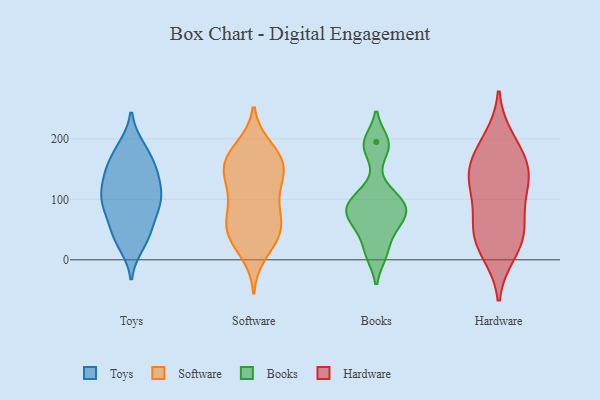
{"axis": {"x": "Backlog", "y": "Value"}, "legend": ["Books", "Hardware", "Software", "Toys"], "data": [{"x": "", "y": 143, "type": "Toys"}, {"x": "", "y": 169, "type": "Toys"}, {"x": "", "y": 143, "type": "Toys"}, {"x": "", "y": 185, "type": "Toys"}, {"x": "", "y": 47, "type": "Toys"}, {"x": "", "y": 107, "type": "Toys"}, {"x": "", "y": 135, "type": "Toys"}, {"x": "", "y": 149, "type": "Toys"}, {"x": "", "y": 103, "type": "Toys"}, {"x": "", "y": 98, "type": "Toys"}, {"x": "", "y": 26, "type": "Toys"}, {"x": "", "y": 113, "type": "Toys"}, {"x": "", "y": 88, "type": "Toys"}, {"x": "", "y": 77, "type": "Toys"}, {"x": "", "y": 35, "type": "Toys"}, {"x": "", "y": 183, "type": "Toys"}, {"x": "", "y": 86, "type": "Toys"}, {"x": "", "y": 43, "type": "Toys"}, {"x": "", "y": 109, "type": "Software"}, {"x": "", "y": 155, "type": "Software"}, {"x": "", "y": 142, "type": "Software"}, {"x": "", "y": 140, "type": "Software"}, {"x": "", "y": 182, "type": "Software"}, {"x": "", "y": 57, "type": "Software"}, {"x": "", "y": 68, "type": "Software"}, {"x": "", "y": 186, "type": "Software"}, {"x": "", "y": 165, "type": "Software"}, {"x": "", "y": 108, "type": "Software"}, {"x": "", "y": 159, "type": "Software"}, {"x": "", "y": 134, "type": "Software"}, {"x": "", "y": 41, "type": "Software"}, {"x": "", "y": 68, "type": "Software"}, {"x": "", "y": 30, "type": "Software"}, {"x": "", "y": 43, "type": "Software"}, {"x": "", "y": 45, "type": "Software"}, {"x": "", "y": 87, "type": "Software"}, {"x": "", "y": 10, "type": "Software"}, {"x": "", "y": 168, "type": "Software"}, {"x": "", "y": 58, "type": "Books"}, {"x": "", "y": 10, "type": "Books"}, {"x": "", "y": 78, "type": "Books"}, {"x": "", "y": 191, "type": "Books"}, {"x": "", "y": 195, "type": "Books"}, {"x": "", "y": 11, "type": "Books"}, {"x": "", "y": 47, "type": "Books"}, {"x": "", "y": 86, "type": "Books"}, {"x": "", "y": 68, "type": "Books"}, {"x": "", "y": 94, "type": "Books"}, {"x": "", "y": 99, "type": "Books"}, {"x": "", "y": 184, "type": "Books"}, {"x": "", "y": 112, "type": "Books"}, {"x": "", "y": 82, "type": "Books"}, {"x": "", "y": 134, "type": "Hardware"}, {"x": "", "y": 77, "type": "Hardware"}, {"x": "", "y": 40, "type": "Hardware"}, {"x": "", "y": 19, "type": "Hardware"}, {"x": "", "y": 200, "type": "Hardware"}, {"x": "", "y": 166, "type": "Hardware"}, {"x": "", "y": 112, "type": "Hardware"}, {"x": "", "y": 125, "type": "Hardware"}, {"x": "", "y": 144, "type": "Hardware"}, {"x": "", "y": 186, "type": "Hardware"}, {"x": "", "y": 50, "type": "Hardware"}, {"x": "", "y": 11, "type": "Hardware"}, {"x": "", "y": 53, "type": "Hardware"}, {"x": "", "y": 147, "type": "Hardware"}]}